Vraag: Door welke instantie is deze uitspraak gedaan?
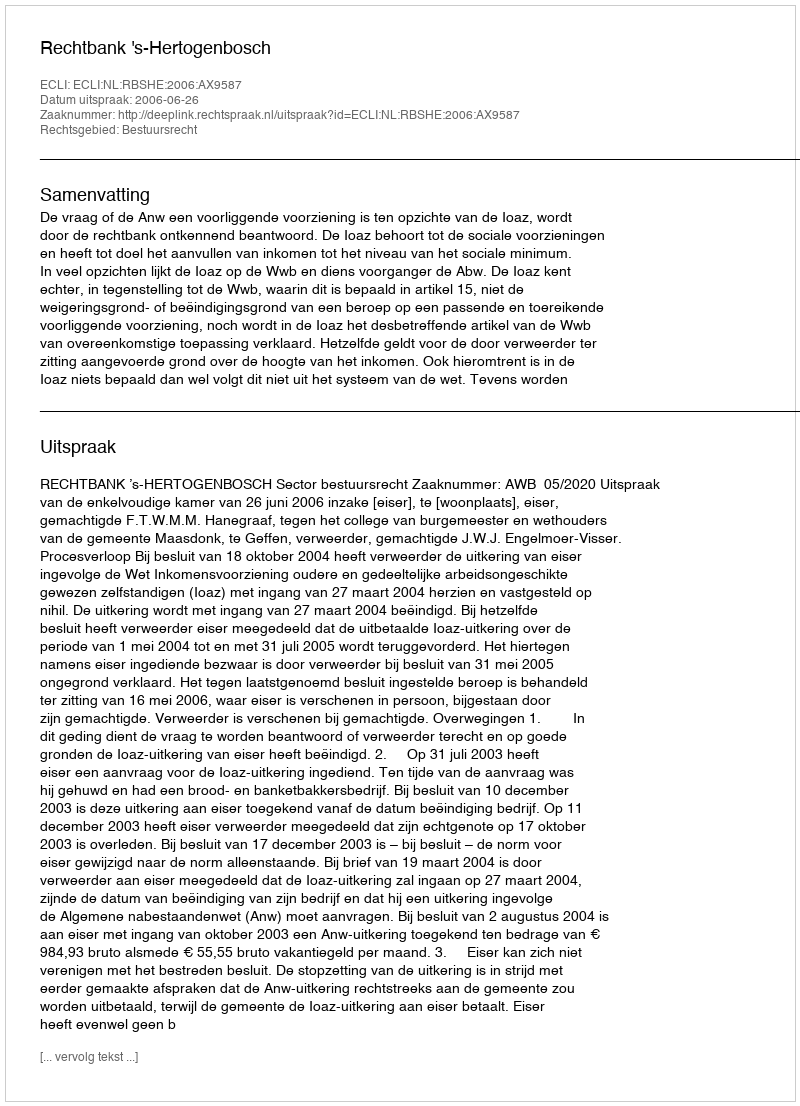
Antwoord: Rechtbank 's-Hertogenbosch